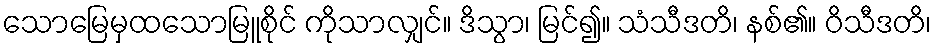
သောမြေမှထသောမြူစိုင် ကိုသာလျှင်။ ဒိသွာ၊ မြင်၍။ သံသီဒတိ၊ နစ်၏။ ဝိသီဒတိ၊